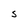
Character: S